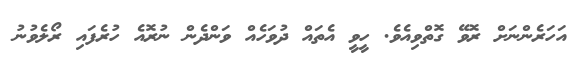
އަހަރެންނަށް ރޮވޭ ގޮތްވިއެވެ. ހީވީ އެތައް ދުވަހެއް ވަންދެން ނުރޮއެ ހުރެފައި ރޯލެވުނު